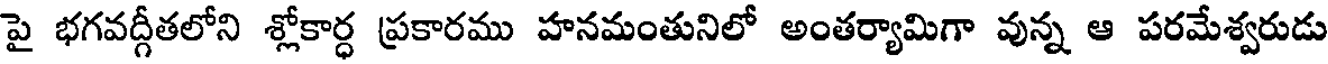
పై భగవద్గీతలోని శ్లోకార్ధ ప్రకారము హనమంతునిలో అంతర్యామిగా వున్న ఆ పరమేశ్వరుడు